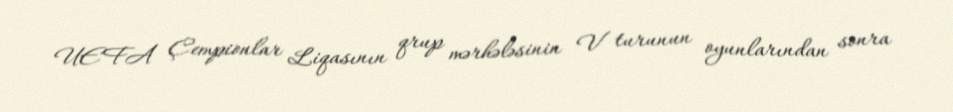
UEFA Çempionlar Liqasının qrup mərhələsinin V turunun oyunlarından sonra